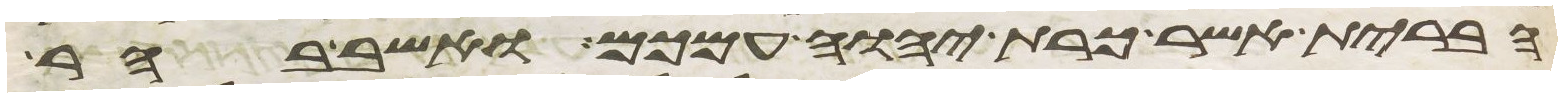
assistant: הברית אשר כרת יהוה עמכם ואשב בהר